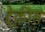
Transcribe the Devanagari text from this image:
ट्रेकीस